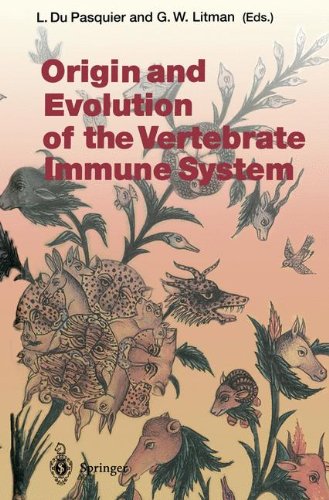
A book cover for Origin and Evolution of the Vertebrate Immune System (Current Topics in Microbiology and Immunology); Medical Books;